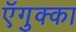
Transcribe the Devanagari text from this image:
ऍगुक्का